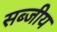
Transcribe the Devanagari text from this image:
सब्जीय